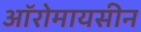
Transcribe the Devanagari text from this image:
ऑरोमायसीन